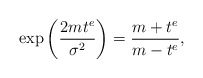
\begin{align*}\exp\left(\frac{2mt^e}{\sigma^2}\right)=\frac{m+t^e}{m-t^e},\end{align*}